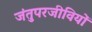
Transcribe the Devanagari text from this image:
जंतुपरजीवियों